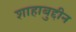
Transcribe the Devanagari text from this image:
शाहाबुद्दीन